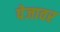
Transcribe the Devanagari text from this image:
पेजावर